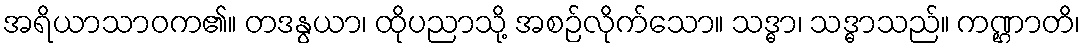
အရိယာသာဝက၏။ တဒနွယာ၊ ထိုပညာသို့ အစဉ်လိုက်သော။ သဒ္ဓာ၊ သဒ္ဓာသည်။ ကဏ္ဌာတိ၊